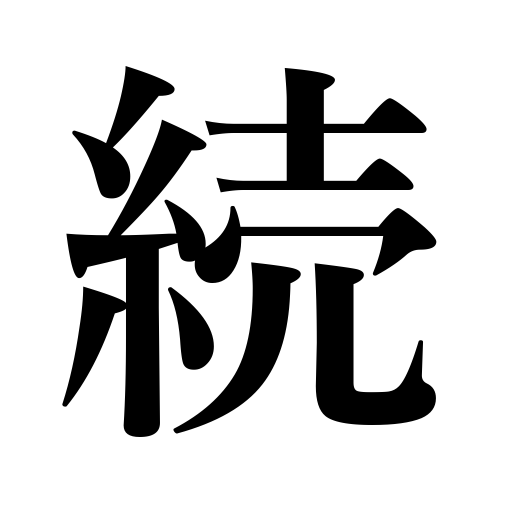
Meanings: continuation,be contiguous,continue,second series